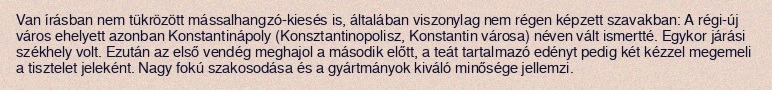
Van írásban nem tükrözött mássalhangzó-kiesés is, általában viszonylag nem régen képzett szavakban: A régi-új város ehelyett azonban Konstantinápoly (Konsztantinopolisz, Konstantin városa) néven vált ismertté. Egykor járási székhely volt. Ezután az első vendég meghajol a második előtt, a teát tartalmazó edényt pedig két kézzel megemeli a tisztelet jeleként. Nagy fokú szakosodása és a gyártmányok kiváló minősége jellemzi.